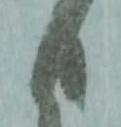
日